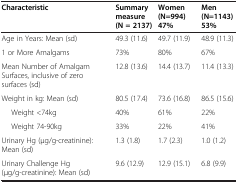
| Characteristic | Summary measure (N = 2137) | Women (N=994) 47% | Men (N=1143) 53% |
 | --- | --- | --- | --- |
 | Age in Years: Mean (sd) | 49.3 (11.6) | 49.7 (11.9) | 48.9 (11.3) |
 | 1 or More Amalgams | 73% | 80% | 67% |
 | Mean Number of Amalgam Surfaces, inclusive of zero surfaces (sd) | 12.8 (13.6) | 14.4 (13.7) | 11.4 (13.3) |
 | Weight in kg: Mean (sd) | 80.5 (17.4) | 73.6 (16.8) | 86.5 (15.6) |
 | Weight <74kg | 40% | 61% | 22% |
 | Weight 74-90kg | 33% | 22% | 41% |
 | Urinary Hg (μg/g-creatinine): Mean (sd) | 1.3 (1.8) | 1.7 (2.3) | 1.0 (1.2) |
 | Urinary Challenge Hg (μg/g-creatinine): Mean (sd) | 9.6 (12.9) | 12.9 (15.1) | 6.8 (9.9) |